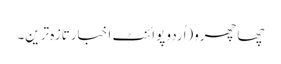
چھاچھرو(اُردو پوائنٹ اخبارتازہ ترین۔